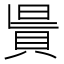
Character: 𧵯